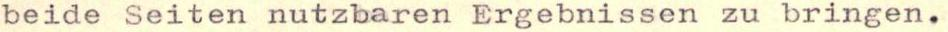
beide Seiten nutzbaren Ergebnissen zu bringen.